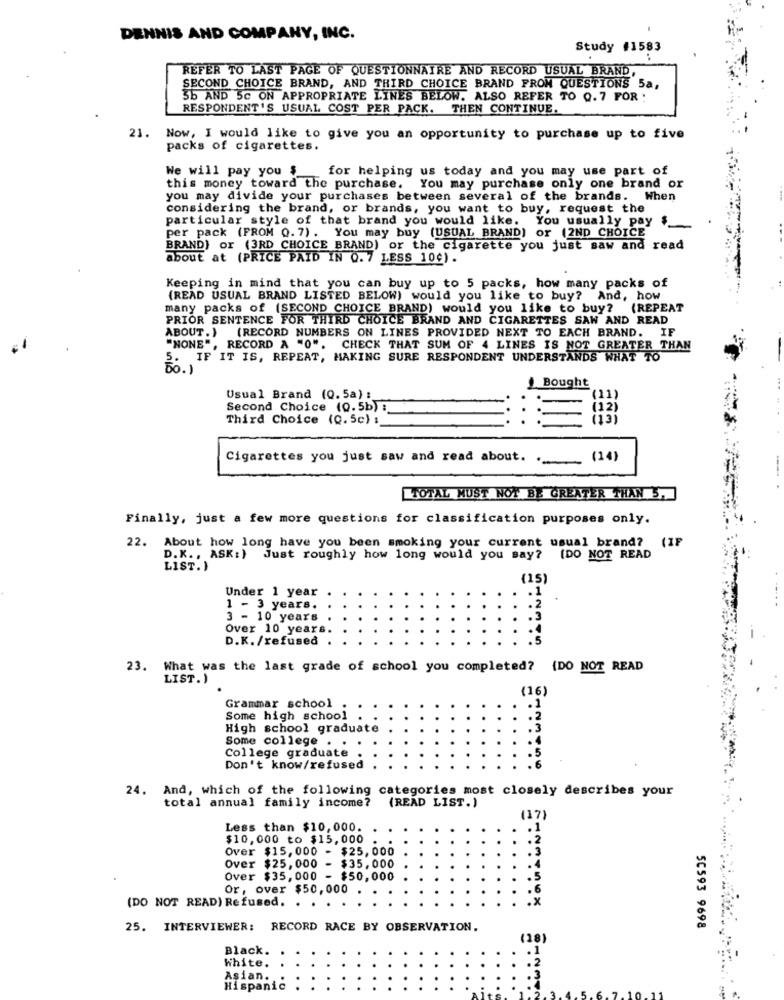
DENNIS AND COMPANY, INC.
Study #1583
REFER TO LAST PAGE OF QUESTIONNAIRE AND RECORD USUAL BRAND
SECOND CHOICE BRAND, AND THIRD CHOICE BRAND FRON QUESTIONS 5a,
55 AND 5c ON APPROPRIATE LINES BELOW. ALSO REFER TO 0.7 FOR :
RESPONDENT'S USUAL COST PER PACK. THEN CONTINUE.
21.
Now, I would like to give you an opportunity to purchase up to five
packs of cigarettes.
We will pay you $
for helping us today and you may use part of
this money toward the purchase. You may purchase only one brand or
you may divide your purchases between several of the brands. When
considering the brand, or brands, you want to buy, request the
particular style of that brand you would like. You usually pay $_
per pack (FROM 0. 7). You may buy (USUAL BRAND) or (2ND CHOICE
BRAND) or (3RD CHOICE BRAND) or the cigarette you just saw and read
about at (PRICE PAID IN 0.7 LESS 10¢).
Keeping in mind that you can buy up to 5 packs, how many packs of
(READ USUAL BRAND LISTED BELOW) would you like to buy? And, how
many packs of (SECOND CHOICE BRAND) would you like to buy? (REPEAT
PRIOR SENTENCE FOR THIRD CHOICE BRAND AND CIGARETTES SAN AND READ
ABOUT.) (RECORD NUMBERS ON LINES PROVIDED NEXT TO EACH BRAND. IF
"NONE", RECORD A "0". CHECK THAT SUM OF 4 LINES IS NOT GREATER THAN
5. IF IT IS, REPEAT, MAKING SURE RESPONDENT UNDERSTANDS WHAT TO
50.1
J Bought
Usual Brand (0. 5a) :
Second Choice (0.5b) :
Third Choice (0.5c) :
Cigarettes you just saw and read about.
(14)
TOTAL MUST NOT BE GREATER THAN 5,
Finally, just a few more questions for classification purposes only.
22. About how long have you been smoking your current usual brand? (IF
D.K ., ASK:) Just roughly how long would you say? (DO NOT READ
LIST.)
(15)
Under 1 year
1 - 3 years.
3 - 10 years
Over 10 years
D.K. /refused
23. What was the last grade of school you completed? {DO NOT READ
LIST.)
(16)
Grammar school
Some high school
High school graduate
Some college . .
College graduate
Don't know/refused
24. And, which of the following categories most closely describes your
total annual family income? (READ LIST. )
(17)
Less than $10,000.
$10,000 to $15,000
Over $15,000 - $25,000
Over $25, 000 - $35,000
Over $35,000 - $50,000
Or, over $50,000
(DO NOT READ) Refused. .
25. INTERVIEWER: RECORD RACE BY OBSERVATION.
50593 9698
(28)
Black.
White.
Asian.
Hispanic